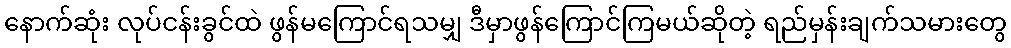
နောက်ဆုံး လုပ်ငန်းခွင်ထဲ ဖွန်မကြောင်ရသမျှ ဒီမှာဖွန်ကြောင်ကြမယ်ဆိုတဲ့ ရည်မှန်းချက်သမားတွေ